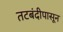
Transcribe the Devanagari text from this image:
तटबंदीपासून